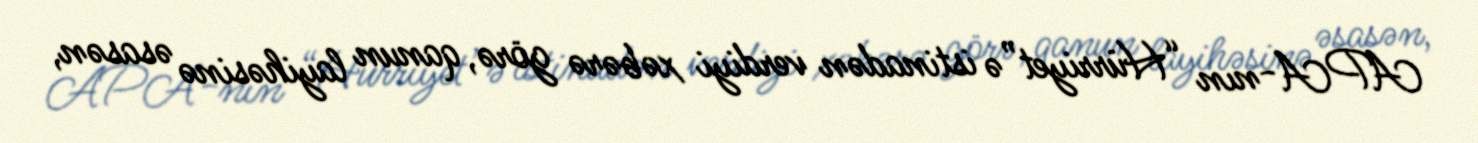
APA-nın “Hürriyet”ə istinadən verdiyi xəbərə görə, qanun layihəsinə əsasən,